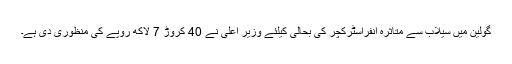
گولین میں سیلاب سے متاثرہ انفراسٹرکچر کی بحالی کیلئے وزیر اعلی نے 40 کروڑ 7 لاکھ روپے کی منظوری دی ہے۔